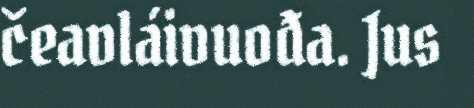
čeavláivuođa. Jus